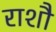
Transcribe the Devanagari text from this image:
राशौ